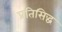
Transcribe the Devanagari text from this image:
प्रतिसिद्ध